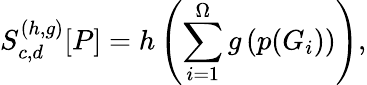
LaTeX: S_{c,d}^{(h,g)}[P]=h\left(\sum_{i=1}^{\Omega}g\left(p(G_{i})\right)\right),